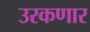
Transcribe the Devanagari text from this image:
उरकणार